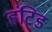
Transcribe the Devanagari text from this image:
हंटिड